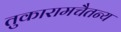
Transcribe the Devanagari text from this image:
तुकारामचैतन्य